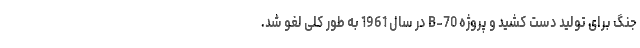
جنگ برای تولید دست کشید و پروژه B-70 در سال 1961 به طور کلی لغو شد.